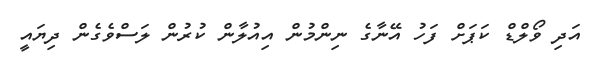
އަދި ވޯލްޑް ކަޕަށް ފަހު އޭނާގެ ނިންމުން އިއުލާން ކުރުން ލަސްވެގެން ދިޔައީ